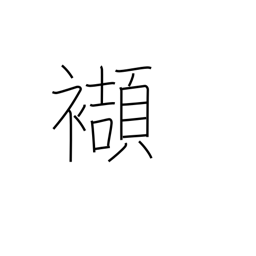
Meaning: tuck into one's obi